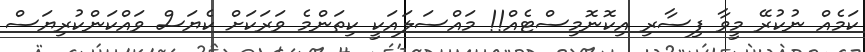
ކަމެއް ނުކުރޭ މީވާ ފިސާރި އިކޮނޮމިސްޓެއް!! މައްސަލައަކީ ކިތަންމެ ވަރަކަށް ކެޔަސް ވައްކަންކުރިޔަސް